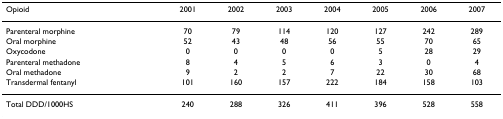
<table><thead><tr><td><b>Opioid</b></td><td><b>2001</b></td><td><b>2002</b></td><td><b>2003</b></td><td><b>2004</b></td><td><b>2005</b></td><td><b>2006</b></td><td><b>2007</b></td></tr></thead><tbody><tr><td>Parenteral morphine</td><td>70</td><td>79</td><td>114</td><td>120</td><td>127</td><td>242</td><td>289</td></tr><tr><td>Oral morphine</td><td>52</td><td>43</td><td>48</td><td>56</td><td>55</td><td>70</td><td>65</td></tr><tr><td>Oxycodone</td><td>0</td><td>0</td><td>0</td><td>0</td><td>5</td><td>28</td><td>29</td></tr><tr><td>Parenteral methadone</td><td>8</td><td>4</td><td>5</td><td>6</td><td>3</td><td>0</td><td>4</td></tr><tr><td>Oral methadone</td><td>9</td><td>2</td><td>2</td><td>7</td><td>22</td><td>30</td><td>68</td></tr><tr><td>Transdermal fentanyl</td><td>101</td><td>160</td><td>157</td><td>222</td><td>184</td><td>158</td><td>103</td></tr><tr><td>Total DDD/1000HS</td><td>240</td><td>288</td><td>326</td><td>411</td><td>396</td><td>528</td><td>558</td></tr></tbody></table>